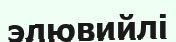
элювийлі